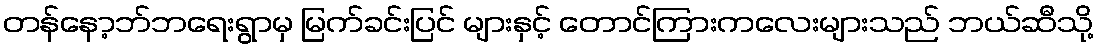
တန်နော့ဘ်ဘရေးရွာမှ မြက်ခင်းပြင် များနှင့် တောင်ကြားကလေးများသည် ဘယ်ဆီသို့